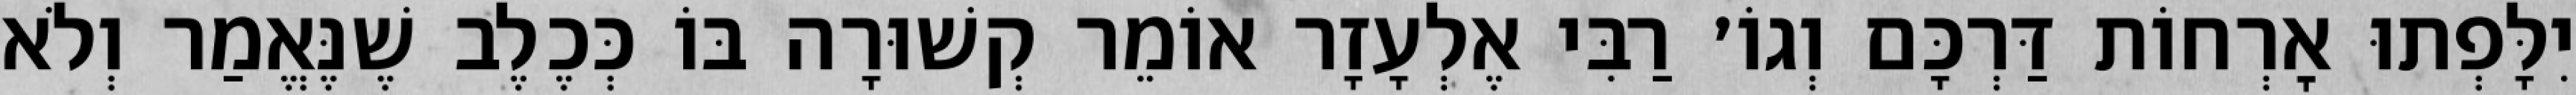
יִלָּפְתוּ אׇרְחוֹת דַּרְכָּם וְגוֹ׳ רַבִּי אֶלְעָזָר אוֹמֵר קְשׁוּרָה בּוֹ כְּכֶלֶב שֶׁנֶּאֱמַר וְלֹא